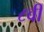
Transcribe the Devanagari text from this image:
८वीँ